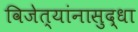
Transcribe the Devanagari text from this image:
विजेत्यांनासुद्धा